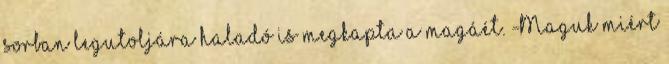
sorban legutoljára haladó is megkapta a magáét. -Maguk miért